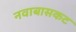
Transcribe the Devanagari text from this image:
नवाबासकट